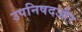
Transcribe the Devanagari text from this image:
उपनिषदऔर